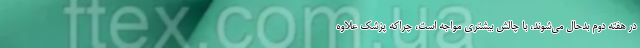
در هفته دوم بدحال می‌شوند، با چالش بیشتری مواجه است، چراکه پزشک علاوه